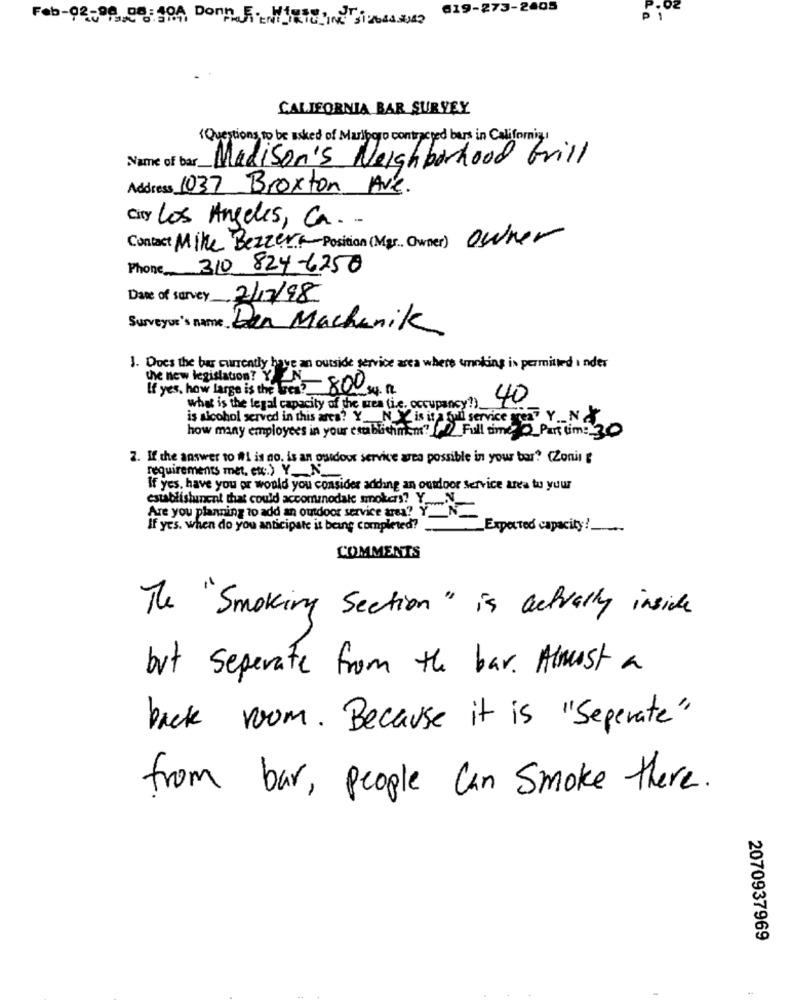
019-273-2405
P 1
CALIFORNIA BAR SURVEY
(Questions to be asked of Marlboro contracted bars in California,
Name of bar_
Madison's Neighborhood Grill
Address 1037 Broxton Ave.
City Los Angeles, Ca ..
Contact Mike Bezzera Position (Mg. Owner) owner
Phone 310 824-6250
Das of survey 2/17/98
Surveys's name Den Machenik
1. Does the bus currently have an outside service area where smoking is permitted inder
the new legislation? YN
If yes, how Large is the best? 800 34. 12
40
what is the legal capacity of the wea (i.e. occupancy?)_
is alcohol served in this area? Y_N Y is it a full service area Y_ N &
how many employees in your etablichimen? [_Full time _Part time 30
2. If the answer to il1 is no, is an outdoor service area possible in your bar? (Zonil
requirements met, etc.) Y_N_
If yes, have you or would you consider adding an outdoor service area to your
establishunent that could accommodate smokers? Y _.... N
Are you planning to add an outdoor service area? YN
If yes. when do you anticipate it being completed? ...
Expected capacity !.
-
COMMENTS
The " Smoking Section " is actually inside
but separate from the bar. Almost a
back room. Because it is "Seperate"
from bar, people Can Smoke there.
2070937969